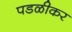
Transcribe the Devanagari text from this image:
पडळीकर